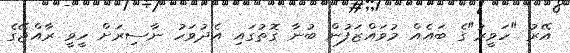
އޭރު "ހަވީރު"ގެ ބައެއް މުވައްޒަފުން ބުނާ ގޮތުގައި އެދުވަހު ނާސިރަށް ހީވީ ރާއްޖޭގެ